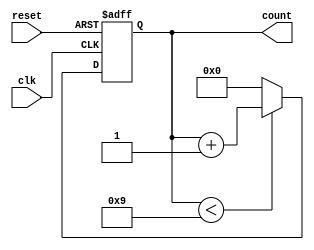
module bcd_counter (
    input wire clk,        // Clock signal
    input wire reset,      // Asynchronous reset signal
    output reg [3:0] count // 4-bit output representing the current count in BCD format
);

// Counter logic
always @(posedge clk or posedge reset) begin
    if (reset) begin
        count <= 4'b0000; // Reset count to 0
    end else begin
        if (count < 4'b1001) begin
            count <= count + 1; // Increment count if less than 9
        end else begin
            count <= 4'b0000;   // Reset count if it reaches 10
        end
    end
end

endmodule